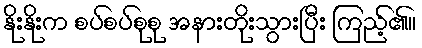
နိုးနိုးက စပ်စပ်စုစု အနားတိုးသွားပြီး ကြည့်၏။